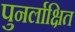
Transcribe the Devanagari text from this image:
पुनर्लाक्षित